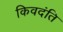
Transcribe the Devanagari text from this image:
किवदंति